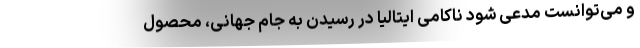
و می‌توانست مدعی شود ناکامی ایتالیا در رسیدن به جام جهانی، محصول